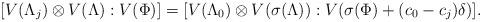
LaTeX: \begin{align*}[V(\Lambda_j)\otimes V(\Lambda):V(\Phi)] = [V(\Lambda_0)\otimes V(\sigma(\Lambda)):V(\sigma(\Phi) +(c_0-c_j)\delta)]. \end{align*}